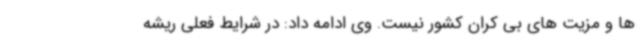
ها و مزیت های بی کران کشور نیست. وی ادامه داد: در شرایط فعلی ریشه